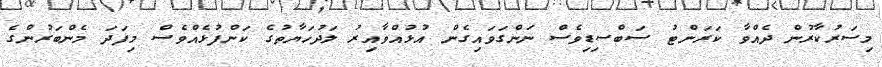
މިސަރުކާރުން ދެއްވާ ކަރަންޓު ސަބްސިޑިވެސް ނަންގަވައިގެން އުޅުއްވާއިރު ލަދުހަޔާތުގެ ކަންފުޅެއްވެސް މިފަދަ މެންބަރުންގެ